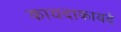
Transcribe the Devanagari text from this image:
कायदाकायदे